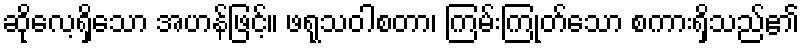
ဆိုလေ့ရှိသော အဟန်ဖြင့်။ ဖရုသဝါစတာ၊ ကြမ်းကြုတ်သော စကားရှိသည်၏